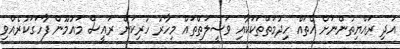
އަދި ރައްޔިތުންނަށް އެތައް ހިދުމަތްތަކަކާއި ވަސީލަތްތައް މިހާރު ހުރިކަން ރައީސް މައުމޫން ފާހަގަކުރެއްވި